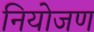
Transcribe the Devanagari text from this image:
नियोजण